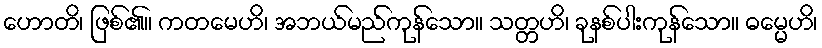
ဟောတိ၊ ဖြစ်၏။ ကတမေဟိ၊ အဘယ်မည်ကုန်သော။ သတ္တဟိ၊ ခုနစ်ပါးကုန်သော။ ဓမ္မေဟိ၊